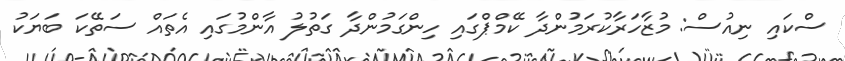
ސްކައި ނިއުސް: މުޒާހަރާކުރަމުންދާ ކޭމްޕްގައި ހިންގަމުންދާ ގަތުލު އާންމުގައި އެތައް ސަތޭކަ ބަޔަކު